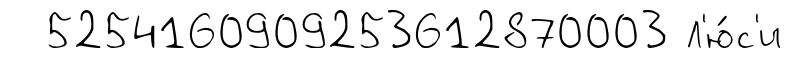
5254160909253612870003 Л'ю́с'и